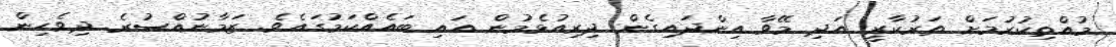
މުއްތިކުރުމަށް ތަރުކާރީ އަދި މޭވާ އިންދައިގެން ދިރިއުޅެމުން އައި ބައެއްކަމުގައެވެ. ޒަމާނުއްސުރެ ދިވެހިން